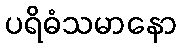
ပရိဓံသမာနော